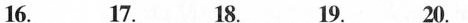
16.___ 17.___ 18.___ 19.___ 20.___